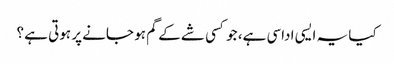
کیا یہ ایسی اداسی ہے، جو کسی شے کے گم ہو جانے پر ہوتی ہے ؟